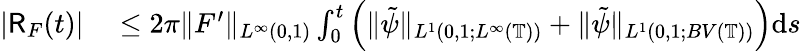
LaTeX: \begin{array}{rl}{|\mathsf{R}_{F}(t)|}&{{}\leq 2\pi\| F^{\prime}\| _{L^{\infty}(0,1)}\int_{0}^{t}\left(\| \tilde{\psi}\| _{L^{1}(0,1;L^{\infty}(\mathbb{T}))}+\| \tilde{\psi}\| _{L^{1}(0,1;BV(\mathbb{T}))}\right)\mathrm{d}s}\end{array}